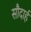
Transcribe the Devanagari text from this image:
सौदार्ह